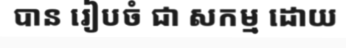
បាន រៀបចំ ជា សកម្ម ដោយ